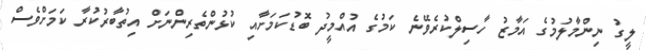
ލީގު ނިންމާލުމުގެ އަމާޒު ހާސިލްކުރެވޭނެ ކަމުގެ އުއްމީދު ބޮޑުކަމަށާއި ކުޅުންތެރިންނަށް އިތުބާރުކުރާ ކަމަށްވެސް